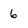
Character: 6